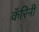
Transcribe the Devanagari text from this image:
कॅरिनी